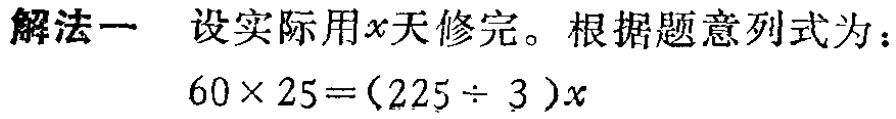
解法一 设实际用\(x\)天修完。根据题意列式为：
\(60\times 25=(225\div 3)x\)